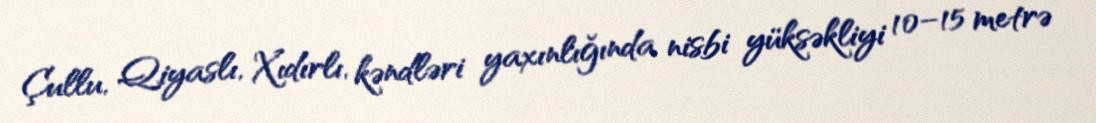
Çullu, Qiyaslı, Xıdırlı, kəndləri yaxınlığında nisbi yüksəkliyi 10–15 metrə